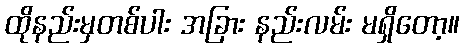
ထိုနည်းမှတစ်ပါး အခြား နည်းလမ်း မရှိတော့။